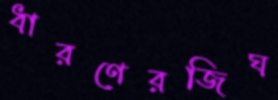
ধারণেরজিঘ